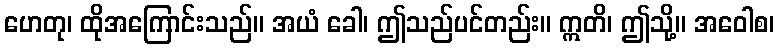
ဟေတု၊ ထိုအကြောင်းသည်။ အယံ ခေါ၊ ဤသည်ပင်တည်း။ ဣတိ၊ ဤသို့။ အဝေါစ၊